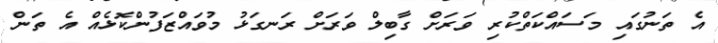
އެ ތަނުގައި މަސައްކަތްކުރި ވަރަށް ގާބިލް ވަރަށް ރަނގަޅު މުވައްޒަފުންކޮޅެއް އެ ތަން